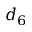
d _ { 6 }